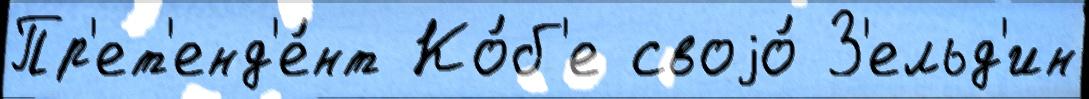
Пр'ет'енд'е́нт Ко́б'е своjо́ З'ельд'ин